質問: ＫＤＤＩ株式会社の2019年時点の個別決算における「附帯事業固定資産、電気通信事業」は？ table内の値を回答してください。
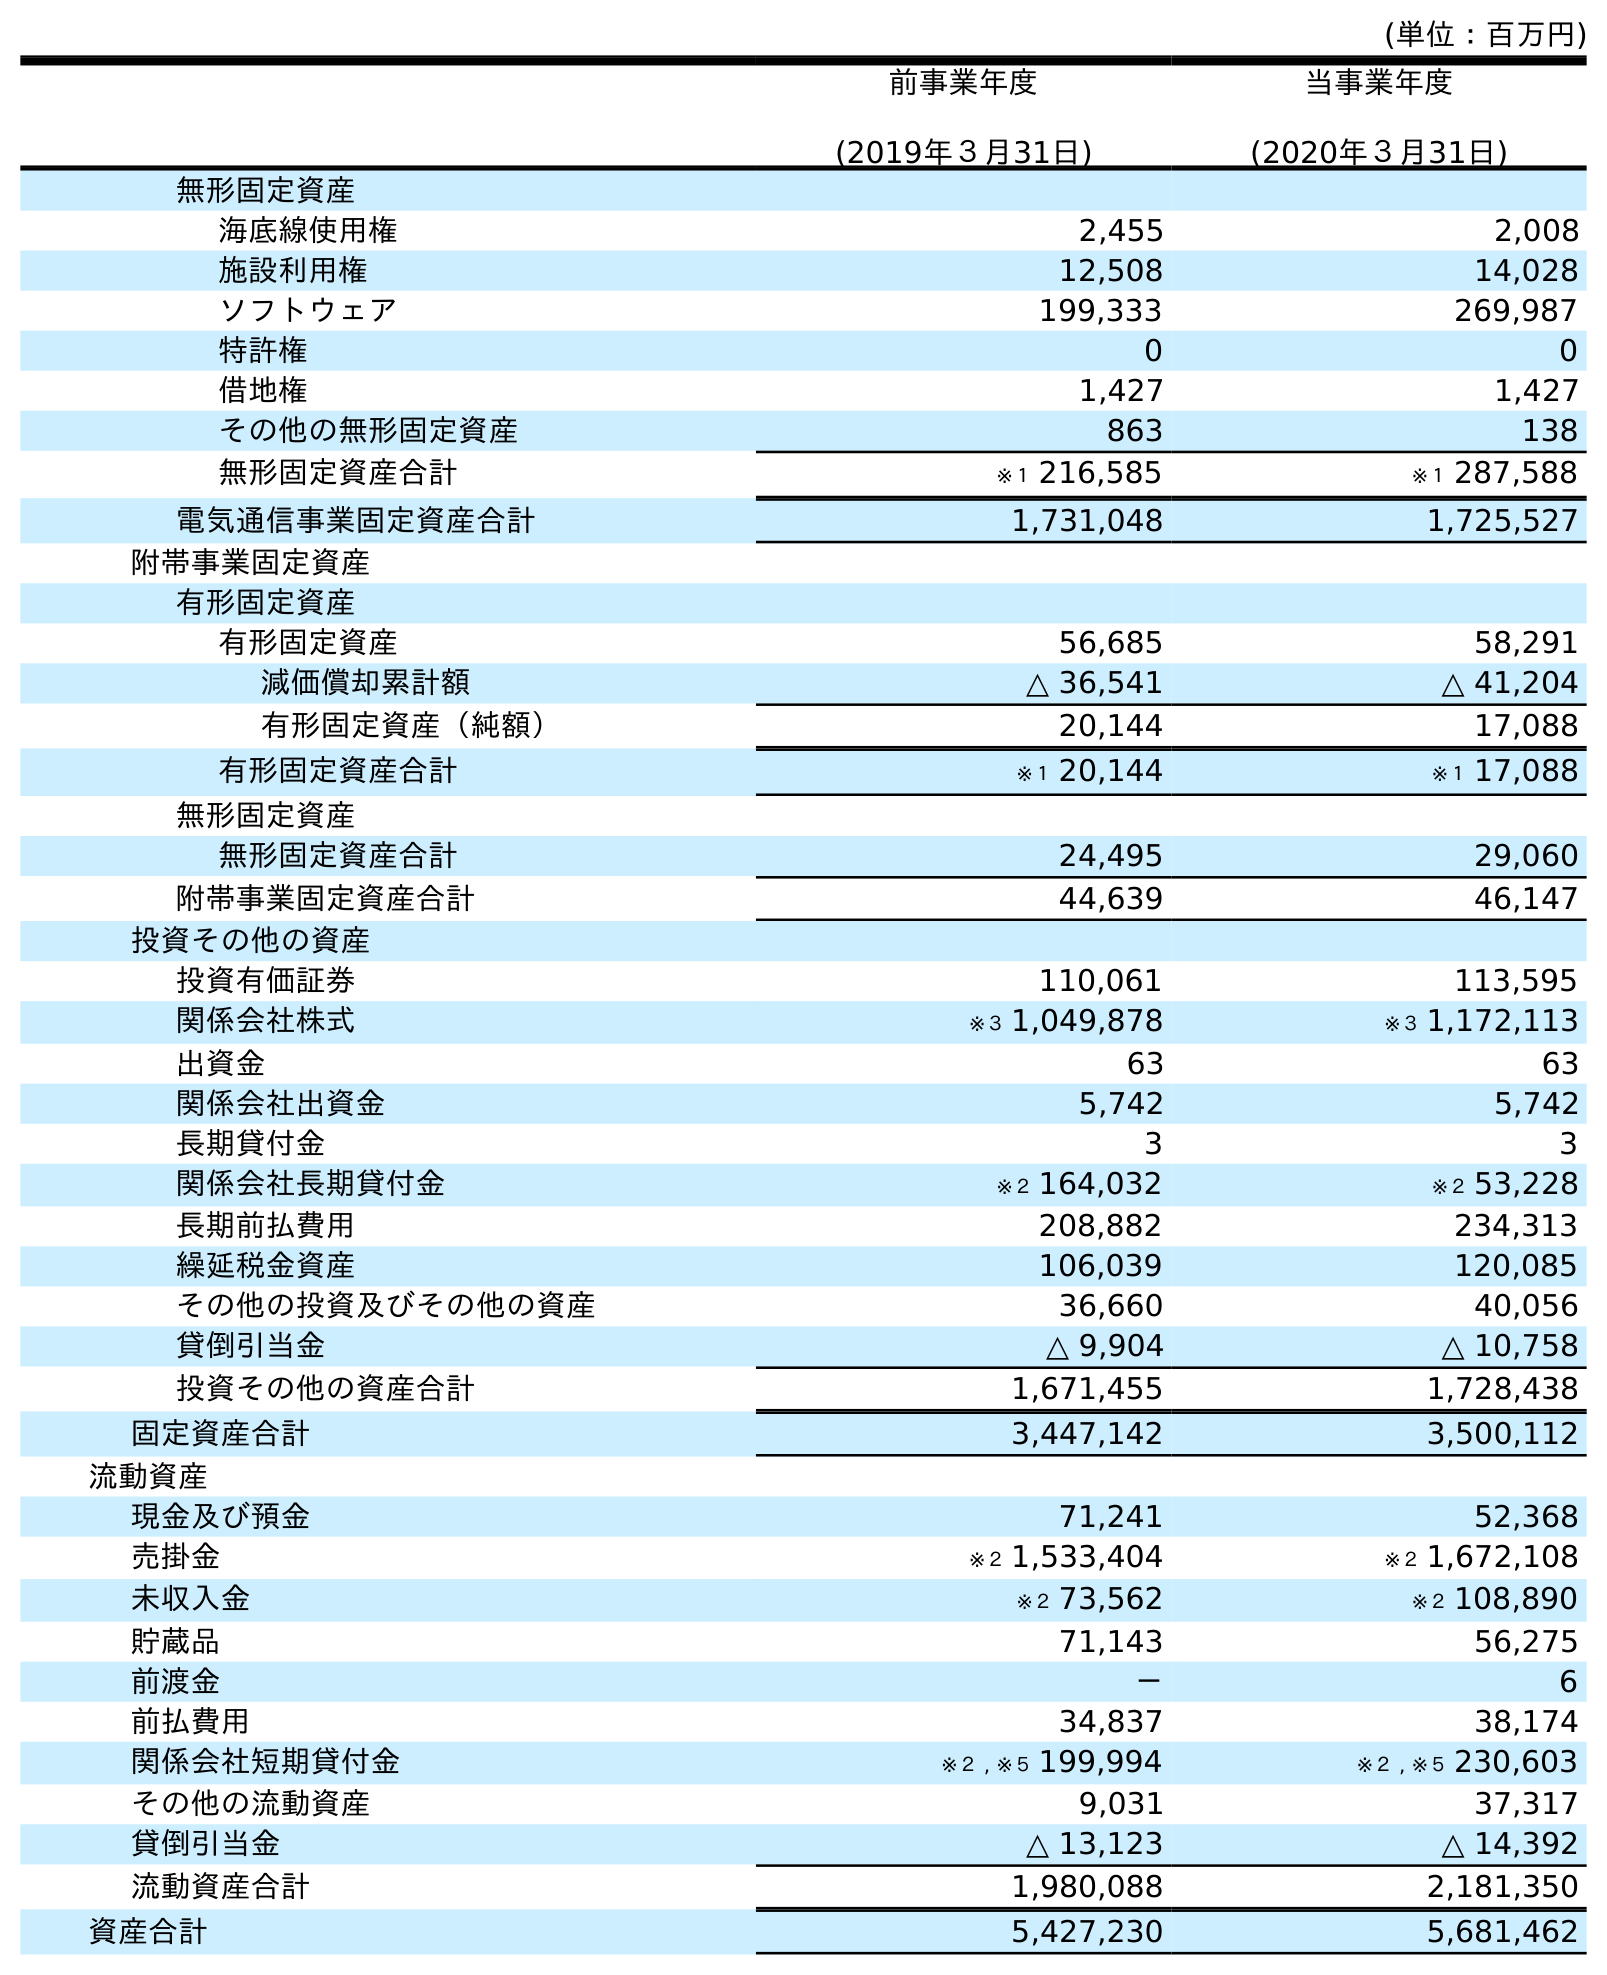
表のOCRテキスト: (単位：百万円) 前事業年度 (2019年３月31日) 当事業年度 (2020年３月31日) 無形固定資産 海底線使用権 2,455 2,008 施設利用権 12,508 14,028 ソフトウェア 199,333 269,987 特許権 0 0 借地権 1,427 1,427 その他の無形固定資産 863 138 無形固定資産合計 ※１ 216,585 ※１ 287,588 電気通信事業固定資産合計 1,731,048 1,725,527 附帯事業固定資産 有形固定資産 有形固定資産 56,685 58,291 減価償却累計額 △ 36,541 △ 41,204 有形固定資産（純額） 20,144 17,088 有形固定資産合計 ※１ 20,144 ※１ 17,088 無形固定資産 無形固定資産合計 24,495 29,060 附帯事業固定資産合計 44,639 46,147 投資その他の資産 投資有価証券 110,061 113,595 関係会社株式 ※３ 1,049,878 ※３ 1,172,113 出資金 63 63 関係会社出資金 5,742 5,742 長期貸付金 3 3 関係会社長期貸付金 ※２ 164,032 ※２ 53,228 長期前払費用 208,882 234,313 繰延税金資産 106,039 120,085 その他の投資及びその他の資産 36,660 40,056 貸倒引当金 △ 9,904 △ 10,758 投資その他の資産合計 1,671,455 1,728,438 固定資産合計 3,447,142 3,500,112 流動資産 現金及び預金 71,241 52,368 売掛金 ※２ 1,533,404 ※２ 1,672,108 未収入金 ※２ 73,562 ※２ 108,890 貯蔵品 71,143 56,275 前渡金 － 6 前払費用 34,837 38,174 関係会社短期貸付金 ※２ , ※５ 199,994 ※２ , ※５ 230,603 その他の流動資産 9,031 37,317 貸倒引当金 △ 13,123 △ 14,392 流動資産合計 1,980,088 2,181,350 資産合計 5,427,230 5,681,462
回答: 44,639